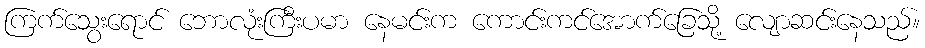
ကြက်သွေးရောင် ဘောလုံးကြီးပမာ နေမင်းက ကောင်းကင်အောက်ခြေသို့ လျောဆင်းနေသည်။